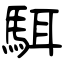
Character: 駬